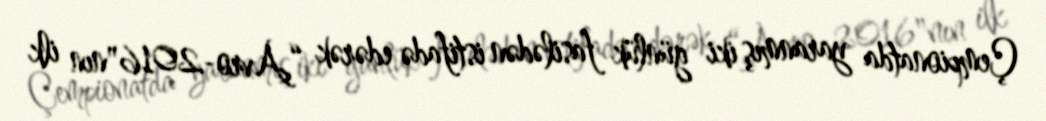
Çempionatda yaranmış iki günlük fasilədən istifadə edərək “Avro-2016"nın ilk